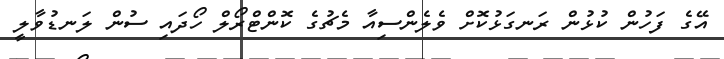
އޭގެ ފަހުން ކުޅުން ރަނގަޅުކޮށް ވެލެންސިއާ މެޗުގެ ކޮންޓްރޯލް ހޯދައި ސުން ލަނޑުވާލީ